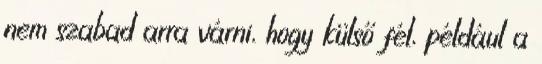
nem szabad arra várni, hogy külső fél, például a